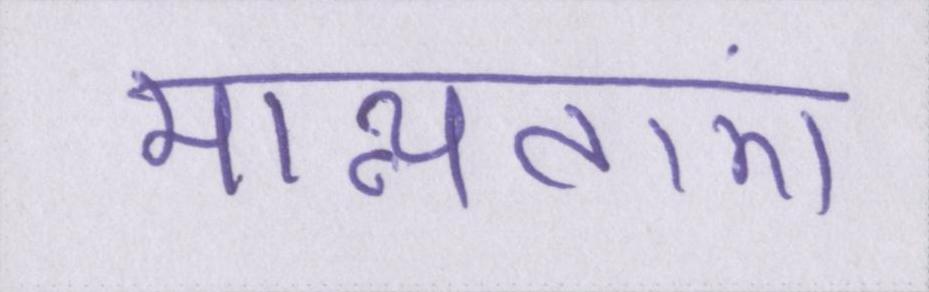
मान्यताएं